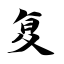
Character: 复